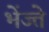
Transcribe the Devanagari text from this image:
भेंज्ते